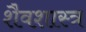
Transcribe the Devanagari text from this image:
शैवशास्त्र